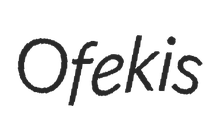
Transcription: Ofek is